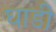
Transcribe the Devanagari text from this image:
घाडी